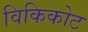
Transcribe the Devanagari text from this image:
विकिकोट